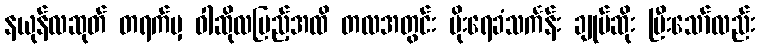
နယုန်လဆုတ် တရက်မှ ဝါဆိုလပြည့်အထိ တလအတွင်း မိုးရေခံသင်္ကန်း ချုပ်ဆိုး ပြီးသော်လည်း